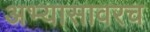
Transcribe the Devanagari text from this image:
अभ्यासावरच